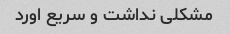
مشکلی نداشت و سریع اورد